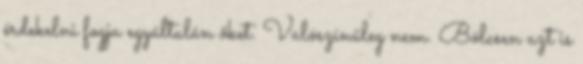
érdekelni fogja egyáltalán őket. Valószínűleg nem. Bölcsen azt is